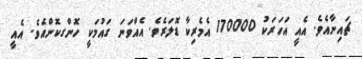
ޗައިނާއެވެ. އެއީ އަހަރަކު 170000 އެމެރިކާ ޑޮލަރެވެ. އެއްވަނަ ގައުމަކީ ހޮންގކޮންއެވެ. އެއީ